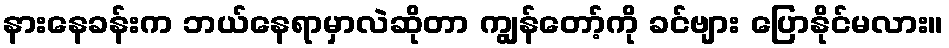
နားနေခန်းက ဘယ်နေရာမှာလဲဆိုတာ ကျွန်တော့်ကို ခင်ဗျား ပြောနိုင်မလား။